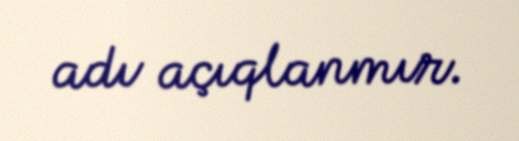
adı açıqlanmır.